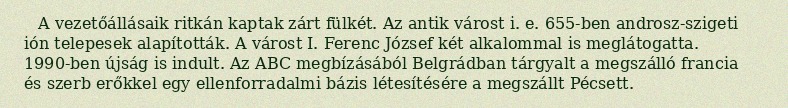
A vezetőállásaik ritkán kaptak zárt fülkét. Az antik várost i. e. 655-ben androsz-szigeti ión telepesek alapították. A várost I. Ferenc József két alkalommal is meglátogatta. 1990-ben újság is indult. Az ABC megbízásából Belgrádban tárgyalt a megszálló francia és szerb erőkkel egy ellenforradalmi bázis létesítésére a megszállt Pécsett.